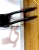
لي